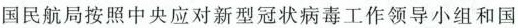
国民航局按照中央应对新型冠状病毒工作领导小组和国